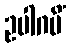
ဥပါဂမိံ